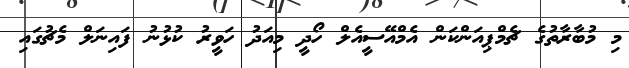
މި މުބާރާތުގެ ޗެމްޕިއަންކަން އެމްއޭސީއެލް ހޯދީ މިއަދު ހަވީރު ކުޅުނު ފައިނަލް މެޗުގައި